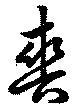
爽